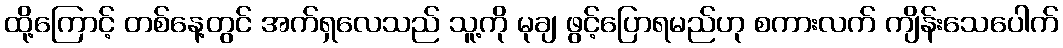
ထို့ကြောင့် တစ်နေ့တွင် အက်ရှလေသည် သူ့ကို မုချ ဖွင့်ပြောရမည်ဟု စကားလက် ကျိန်းသေပေါက်